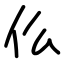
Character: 仫